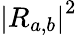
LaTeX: {\left|R_{a,b}\right|}^{2}